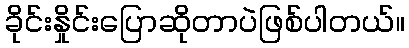
ခိုင်းနှိုင်းပြောဆိုတာပဲဖြစ်ပါတယ်။